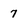
Character: 7